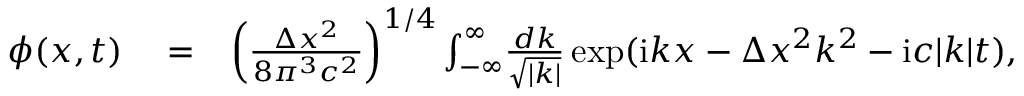
\begin{array} { r l r } { \phi ( x , t ) } & { { } = } & { \left( \frac { \Delta x ^ { 2 } } { 8 \pi ^ { 3 } c ^ { 2 } } \right) ^ { 1 / 4 } \int _ { - \infty } ^ { \infty } \! \frac { d k } { \sqrt { | k | } } \exp ( \mathrm { i } k x - \Delta x ^ { 2 } k ^ { 2 } - \mathrm { i } c | k | t ) , } \end{array}